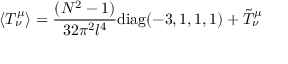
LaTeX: \langle T _ { \nu } ^ { \mu } \rangle = { \frac { ( N ^ { 2 } - 1 ) } { 3 2 \pi ^ { 2 } l ^ { 4 } } } \mathrm { d i a g } ( - 3 , 1 , 1 , 1 ) + \tilde { T } _ { \nu } ^ { \mu }